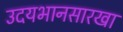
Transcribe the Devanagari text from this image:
उदयभानसारखा